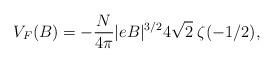
LaTeX: \begin{align*}V_F (B) = -\frac{N}{4\pi} |eB|^{3/2} 4\sqrt{2}\;\zeta(-1/2), \end{align*}